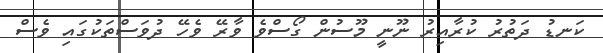
ކަނޑު ދަތުރު ކުރާއިރު ނޫނީ މޫސުން ގޯސްވެ ވާރޭ ވެހޭ ދުވަސްތަކުގައި ވެސް